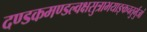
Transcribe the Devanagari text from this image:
दण्डकमण्डल्वक्षसुत्राभयाङ्कचतुर्भुजां